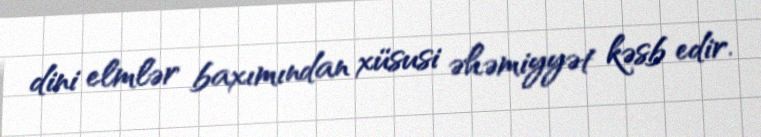
dini elmlər baxımından xüsusi əhəmiyyət kəsb edir.